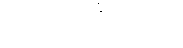
သတင်းသိရသည်